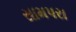
સામપરા